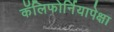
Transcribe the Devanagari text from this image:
कॅलिफोर्नियापेक्षा